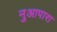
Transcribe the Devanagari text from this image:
नुआपारा